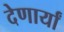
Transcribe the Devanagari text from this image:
देणार्यां